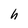
Character: h